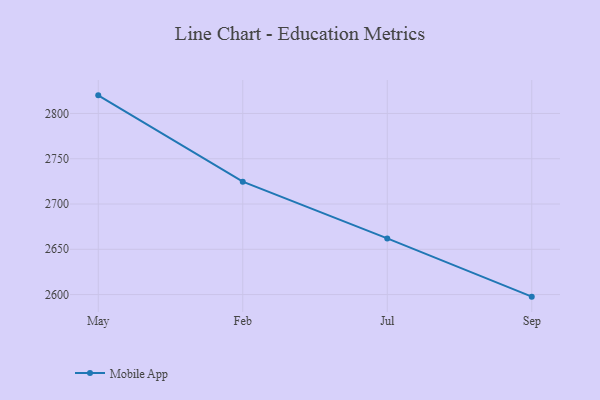
{"axis": {"x": "Month", "y": "Population (Million)"}, "legend": ["Mobile App"], "data": [{"x": "May", "y": 2820.0, "type": "Mobile App"}, {"x": "Feb", "y": 2724.7, "type": "Mobile App"}, {"x": "Jul", "y": 2662.0, "type": "Mobile App"}, {"x": "Sep", "y": 2597.7, "type": "Mobile App"}]}